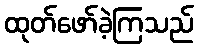
ထုတ်ဖော်ခဲ့ကြသည်